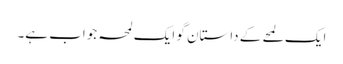
ایک لمحے کے داستان گو ایک لمحہ جواب ہے۔